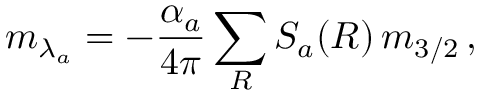
m _ { \lambda _ { a } } = - \frac { \alpha _ { a } } { 4 \pi } \sum _ { R } S _ { a } ( R ) \, m _ { 3 / 2 } \, ,